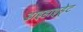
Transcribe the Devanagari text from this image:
डाइहाइड्रेट